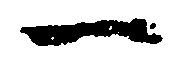
一